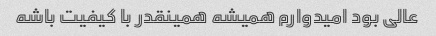
عالی بود امیدوارم همیشه همینقدر با کیفیت باشه